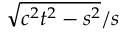
{ \sqrt { c ^ { 2 } t ^ { 2 } - s ^ { 2 } } } / s